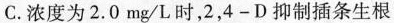
C.浓度为2.0mg/L时，2，4-D抑制插条生根